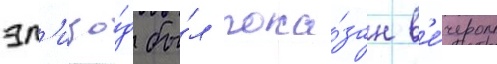
эп'изо́д бы́л пока́зан в'е́чером